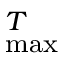
\l _ { \operatorname* { m a x } } ^ { T }